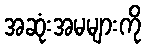
အဆုံးအမများကို